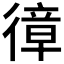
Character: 𢕔